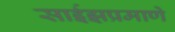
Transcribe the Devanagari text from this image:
साईझप्रमाणे